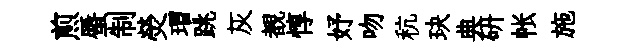
煎蜃制熒瑁跳灰覩惇妤吻秔玦典研帐施